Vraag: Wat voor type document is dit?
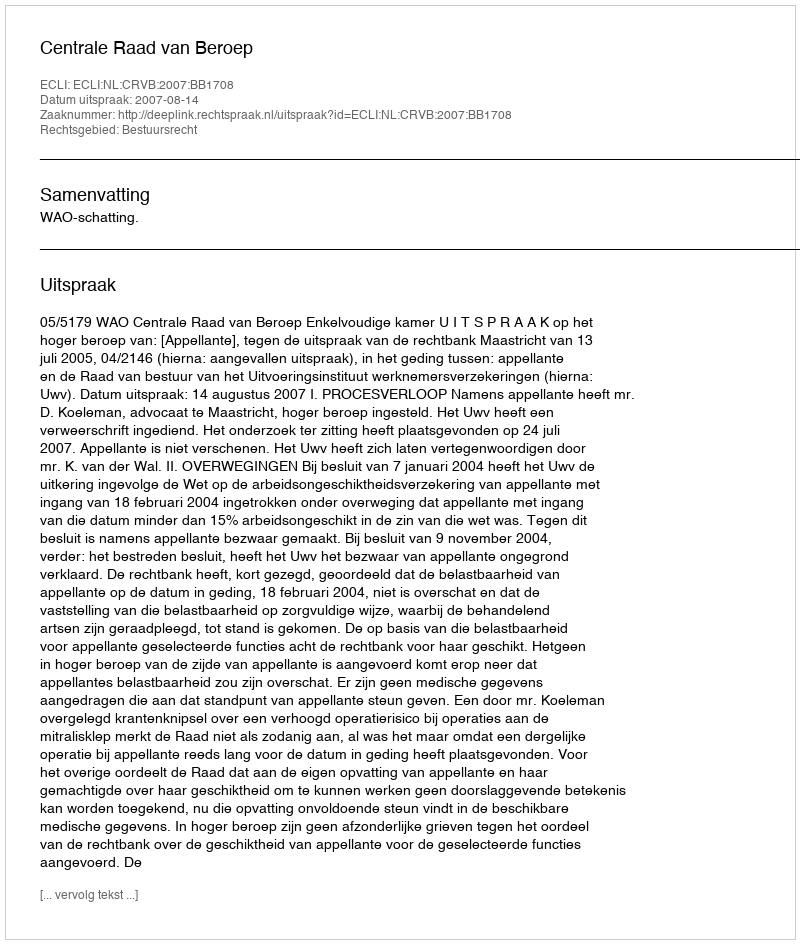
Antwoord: Uitspraak